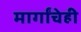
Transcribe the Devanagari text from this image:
मार्गांचेही